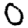
Digit: 0